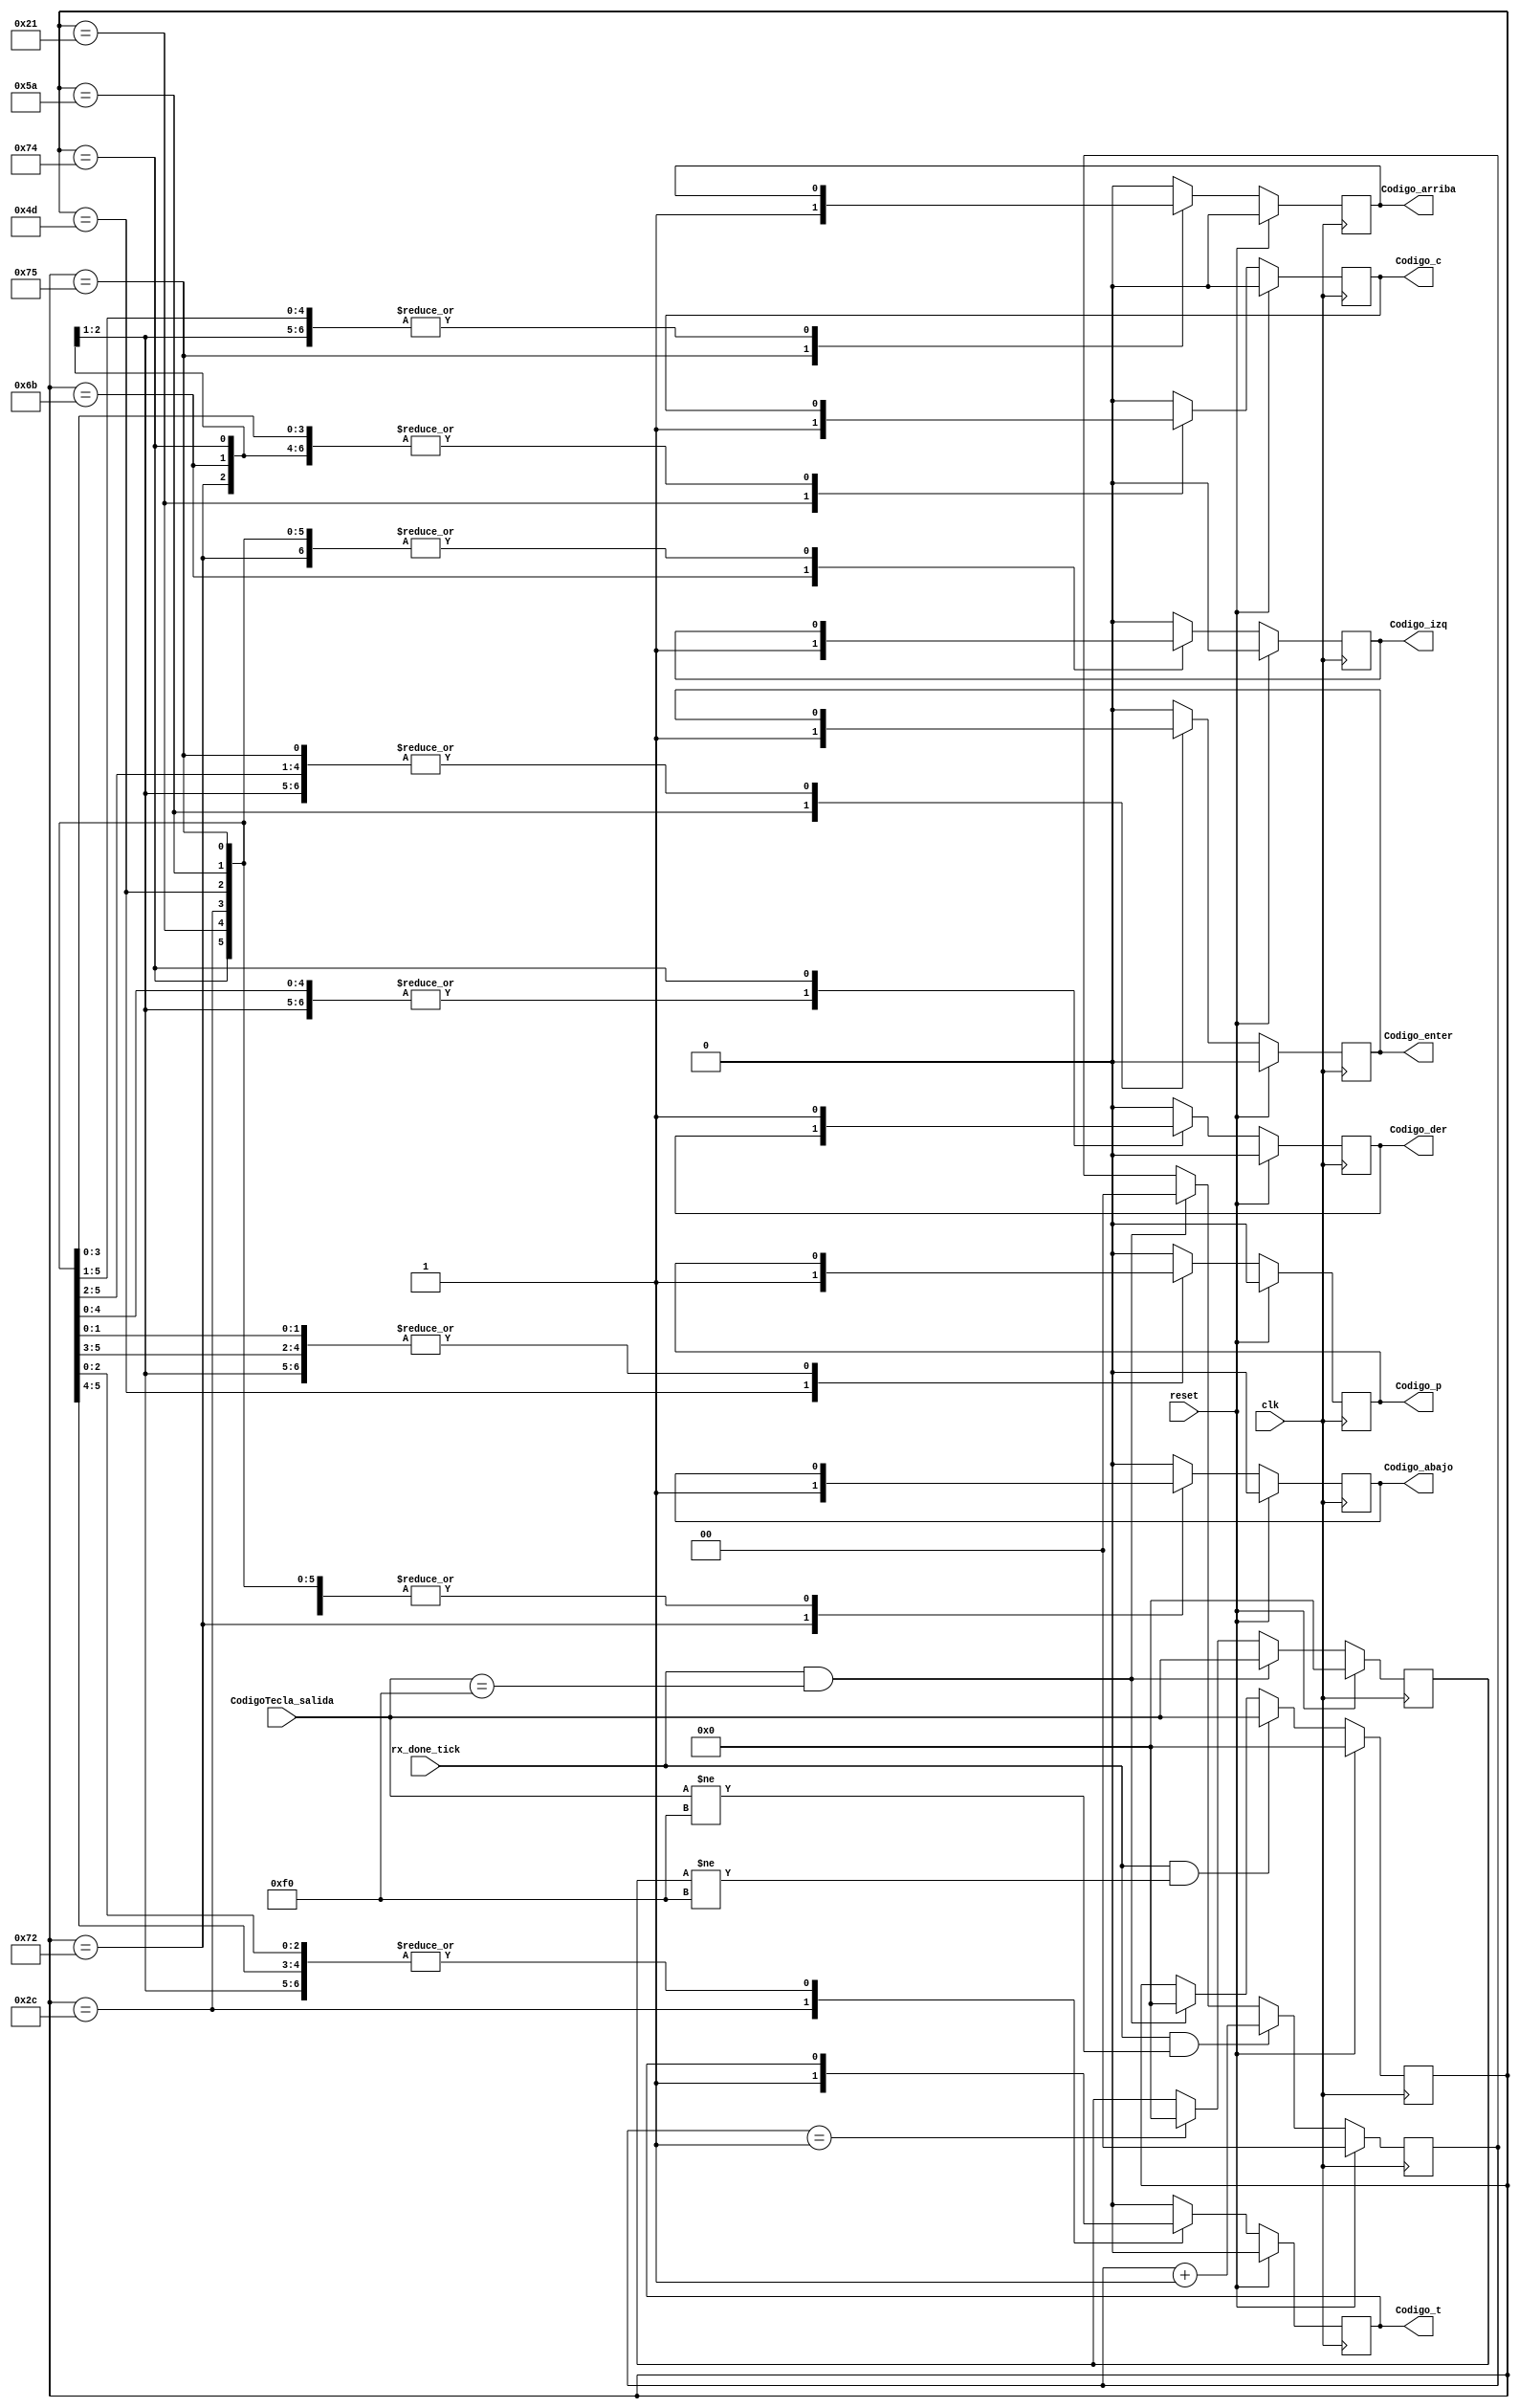
`timescale 1ns / 1ps
//////////////////////////////////////////////////////////////////////////////////
// Company:
// Engineer:
//
// Design Name:
// Module Name:    Tecla_Salida
// Project Name:
// Target Devices:
// Tool versions:
// Description:
//
// Dependencies:
//
// Revision:
// Revision 0.01 - File Created
// Additional Comments:
//
//////////////////////////////////////////////////////////////////////////////////
module Tecla_Salida(
  input clk,reset,rx_done_tick,
  input [7:0] CodigoTecla_salida,
  output reg Codigo_c,Codigo_t,Codigo_p,Codigo_enter,Codigo_arriba,Codigo_abajo,Codigo_izq,Codigo_der
  );

//////////////////////////////////////////////////////////////////////////////////////////////////////////////////////////////////////
///// Registros a utilizar
//////////////////////////////////////////////////////////////////////////////////////////////////////////////////////////////////////

reg [7:0] Hex_codigo;
reg [7:0] Tecla_off;
reg [7:0] Tecla_sig;


//////////////////////////////////////////////////////////////////////////////////////////////////////////////////////////////////////
//////////////////////////////////////////////////////////////////////////////////////////////////////////////////////////////////////


always @(posedge clk) begin
    if(reset) begin
    		 Hex_codigo <= 8'h00;
        end
    else begin
		   if((rx_done_tick) && (Tecla_off != 8'hf0))
         begin
            Hex_codigo <= CodigoTecla_salida;
           end
        else if((rx_done_tick) && (CodigoTecla_salida == 8'hf0))
        		Hex_codigo <= 0;
        else begin
            Hex_codigo<=Hex_codigo;
            end
    end
end


//////////////////////////////////////////////////////////////////////////////////////////////////////////////////////////////////////
///// Deteccion Tecla Suelta
//////////////////////////////////////////////////////////////////////////////////////////////////////////////////////////////////////

reg [1:0] contador;

// contador para habilitaciones

always@(posedge clk) begin
	if(reset) begin
				contador<=0;
			  end
	 else if((rx_done_tick) && (CodigoTecla_salida != 8'hf0) )begin
					contador<=contador+1;
					end
	 else if((rx_done_tick) && (CodigoTecla_salida == 8'hf0))begin
					contador<=0;
					end
	 else
			contador<=contador;
end


//////////////////////////////////////////////////////////////////////////////////////////////////////////////////////////////////////
///// Deteccion de codigo F0 indicando que la tecla se solto
//////////////////////////////////////////////////////////////////////////////////////////////////////////////////////////////////////

always @(posedge clk) begin
    if(reset) begin
    		Tecla_off <= 8'h00;
        end
    else begin
        if((rx_done_tick) && (CodigoTecla_salida==8'hf0))begin
           Tecla_off <= CodigoTecla_salida[7:0];
           end
        else if(contador==1)begin
              Tecla_off <= 8'h00;
            end
        else begin
        		Tecla_off <= Tecla_off;
           end
    end
end

//////////////////////////////////////////////////////////////////////////////////////////////////////////////////////////////////////
///// Decodificacion de tecla
//////////////////////////////////////////////////////////////////////////////////////////////////////////////////////////////////////

always @(posedge clk) begin
    if(reset) begin
          Codigo_c<=0;Codigo_abajo<=1'b0;
          Codigo_t<=0;Codigo_arriba<=1'b0;
          Codigo_p<=0;Codigo_izq<=1'b0;
          Codigo_enter<=0;Codigo_der<=1'b0;
        end
    else begin
        case(Hex_codigo)
        8'h21: begin   //letra C
                    Codigo_c<=1'b1;
                      end
        8'h2c: begin   //letra T
                    Codigo_t<=1'b1;
                      end
        8'h4d: begin   //letra P
                    Codigo_p<=1'b1;
                      end
        8'h5a: begin   //letra Enter
                    Codigo_enter<=1'b1;
                             end
        8'h75: begin
               Codigo_arriba<=1'b1;
               end
        8'h72: begin
                Codigo_abajo<=1'b1;
                end
        8'h6B: begin
                 Codigo_izq<=1'b1;
                 end
        8'h74: begin
                 Codigo_der<=1'b1;
                 end
        default: begin
                  Codigo_c<=0;Codigo_abajo<=1'b0;
                  Codigo_t<=0;Codigo_arriba<=1'b0;
                  Codigo_p<=0;Codigo_izq<=1'b0;
                  Codigo_enter<=0;Codigo_der<=1'b0;
                end
        endcase
		  end
end

endmodule